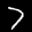
Label: 7